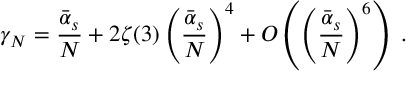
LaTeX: \gamma _ { N } = \frac { { \bar { \alpha } } _ { s } } { N } + 2 \zeta ( 3 ) \left( \frac { { \bar { \alpha } } _ { s } } { N } \right) ^ { 4 } + O \left( \left( \frac { { \bar { \alpha } } _ { s } } { N } \right) ^ { 6 } \right) \; .